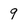
Character: 9